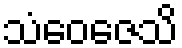
သံဝေဇေသိ